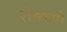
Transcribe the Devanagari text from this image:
शेषरुपी